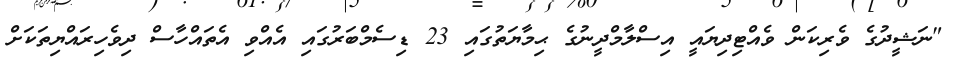
"ނަޝީދުގެ ވެރިކަން ވެއްޓިދިޔައީ އިސްލާމްދީނުގެ ޙިމާޔަތުގައި 23 ޑިސެމްބަރުގައި އެއްވި އެތައްހާސް ދިވެހިރައްޔިތަކަށް